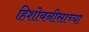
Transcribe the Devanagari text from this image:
हिशोबनीसाच्या